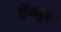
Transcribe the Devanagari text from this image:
सैनपुर